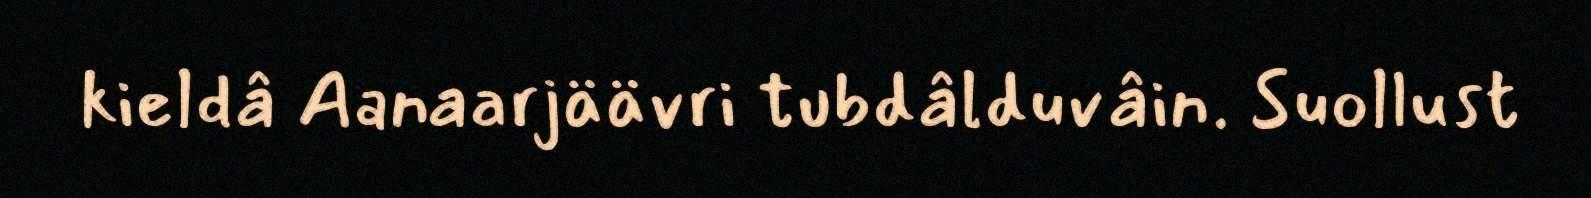
kieldâ Aanaarjäävri tubdâlduvâin. Suollust